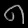
Digit: ၈